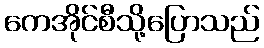
ကေအိုင်စီသို့ပြောသည်